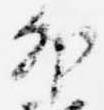
外